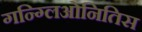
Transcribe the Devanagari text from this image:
गन्ग्लिओनितिस